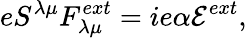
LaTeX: eS^{{\lambda}{\mu}}F_{{\lambda}{\mu}}^{ext}=ie{\alpha}{\cal E}^{ext},